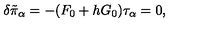
\delta \tilde { \pi } _ { \alpha } = - ( F _ { 0 } + h G _ { 0 } ) \tau _ { \alpha } = 0 ,